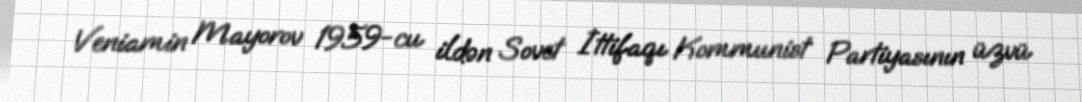
Veniamin Mayorov 1959-cu ildən Sovet İttifaqı Kommunist Partiyasının üzvü